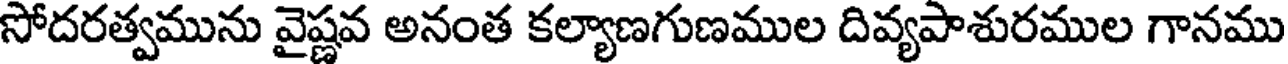
సోదరత్వమును వైష్ణవ అనంత కల్యాణగుణముల దివ్యపాశురముల గానము